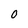
Character: O